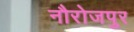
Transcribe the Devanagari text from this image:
नौरोजपुर